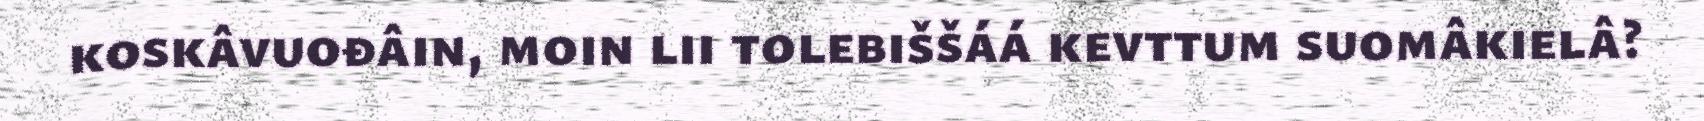
koskâvuođâin, moin lii tolebiššáá kevttum suomâkielâ?